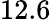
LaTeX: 12.6